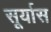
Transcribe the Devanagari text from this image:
सूर्यास